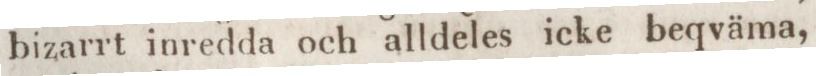
bizarrt inredda och alldeles icke beqväma,